Plague in India, 1896, 1897 - Volume 2
Year: 1896
Disease focus: Plague
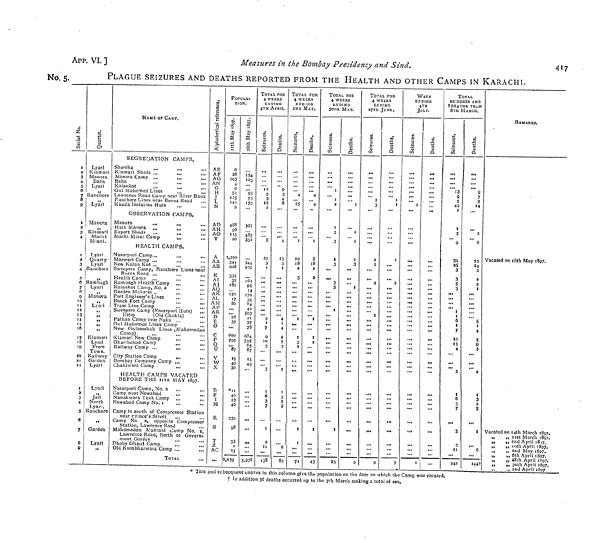
417
App. VI, ]
Measures in the Bombay Presidency and Sind,
No. 5.
PLAGUE SEIZURES AND DEATHS REPORTED FROM THE HEALTH AND OTHER CAMPS IN KARACHI.
I
3
3
4
5
6
7
8
9
1
2
3
4
1
2
3
4
5
6
7
8
9
10
1l
12
13
M
I5
16
17
18
19
so
21
23
1
a
3
4
S
6
7
8
S
Lyarî
Kiamati
M an ora
Baba
Lyari
Ranchore
Lyari
M añora
Kiamari
Machi
M iani.
Lyari
Quarry
Lyari
Ranchore
,,
Rambaçh
Lyari
, ,
M añora
,,
Lyari
„
,,
,,
„_
Kiamari
Lyari
Krere
Town.
Railway
Garden
Lyari
Lyari
M
Tail
North
Lyafi.
Ranchore
Garden
Lyari
NAME or CAMP.
SEGREGATION CAMPS.
Shersha
.,
...
...
Kiamari Sheds ..
...
...
Manora Camp ..
...
...
Kalankot
..
...
...
Gul Mahomed Lines
Lawrence Road Camp near River Bank
Ranchore Lines near Burns Road
...
Khada Isolation Huts
OBSERVATION CAMPS.
Manora
...
...
...
Hulk Manora ...
...
...
Export Sheds ...
...
...
Machi Miani Camp
...
...
HEALTH CAMPS.
Nasarpuri Camp..,
,.,
...
Marwari Camp ...
.,,
...
New Kalan Kot ...
Sweepers Camp, Ranchore Lines near
Burns Road ...
...
...
Health Camp ...
...
,..
Rambagh Health Camp ...
...
Kalankot Camp, No. a
Garden Maka'ni...
...
,,,
Port Engineer's Lines
...
...
Beach Fort Camp
,,,
Tram Line Camp
...
...
Sweepers Camp (Nasarpuri Huts)
...
Ditto
(Old Cluikla)
,.,
Pathan Camp near Naka ,..
...
Gul Mahomed Lines Camp
New Gulamshah Lines iMahomedan
Camp)
...
.,,
Kiamari New Camp
...
,,.
Gharibabad Camp
...
...
Railway Camp ..,
.„
City Station Camp
,„
,,,
Bombay Company Camp ...
,,.
Chakiwara Camp
...
...
HEALTH CAMPS VACATED
BEFORE THE 11T H MAY 1897.
Nasarpuri Camp, No. 3 ...
...
Camp near Newabad
...
...
Nanakwara Tank Camp ,,.
...
Newabad Camp No. i
...
,,.
Camp to south of Compressor Station
near Prince's Street
Camp No. 2, opposite Compressor
Station, Lawrence Road
Mahomedan Makrani Camp No. a,
Lawrence Road, North of Govern-
ment Garden
...
,,.
Dhoby Ghaut Camp
...
...
Old Kumbharwara Camp ...
,,.
TOTAL
A E
AF
AG
AN
G
H
J
L
N
AD
AH
AO
y
A
AA
AB
K
AI
AI
AQ
AK
AL
AM
AP
AR
D
E
O
C
P
U
u
v
W
X
B
F
I
M
R
S
T
Z
AC
...
POPULA
TION.
6
23
103
4
g
S3
125
142
9
488
96
115
20
1,2OO
344
928
335
37
180
170
86
26
37
...
600
795
...
87
15
49
3S
11
40
23
40
2So
98
33
15
6,659
154
103
53
75
173
357
485
351
344
929
161
95
1'4
170
35
84
503
21
37
78
684
795
65
87
15
49
...
5.978
TOTAL FOR
4 WEEKS
ENDING
4TH APRIL.
12
5
3
IS
5
20
3
I
!..
...
s
I
7
9
10
3
I
6
I
n
138
9
3
4
8
4
13
3
I
...
...
4
i
4
4
7
3
I
3
6
87
TOTAL FOR
4 WEEKS
ENDING
2ND MAY.
4
25
I
10
18
2
3
I
I
3
1
1
7
4
4
1
8
18
1
3
...
I
I
2
I
43
TOTAL FOR
4 WEEKS
ENDINO
30TH MAY,
I
I
a
1
3
3
I
3
3
3
I
...
...
I
23
1
2
I
I
3
...
...
I
...
g
TOTAL FOR
4 WEEKS
ENDING
27TH JUNE.
I
3
...
I
I
• u
a
1
9
I
I
...
I.I
1
...
...
3
I.I
5
WEEK
ENDING
4TH
JULY,
...
I
...
...
...
...
...
I
...
!..
...
I l l
III
...
III
...
...
...
TOTAL
SEIZURES AND
t DEATHS FROM
8TH MARCH.
13
9
5
49
2
I
3
9
33
25
3
3
S
3
I
1
6
I
7
10
13
4
3
I
3
7
..
3
3
11
242
...
9
7
5
14
...
2
...
6
23
24
2
2
2
Ml
• II
III
III
5
1
4
5
9
3
2
I
3
2
5
...
I
...
6
144
REMARKS.
Vacated on 18th May 1897.
Vacated on I4th March 1897.
,
21st
March 1897.
,
2nd April 1817.
,
l0th April 1807.
2nd May 1897.
,
, 30th April 1897.
,
. 2nd April 1897.
* This and subsequent entries in this column give the population on the date on which the Camp was vacated.
In addition 56 deaths occurred up to the 7th March making a total of 200,